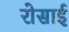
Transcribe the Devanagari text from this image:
रोसाई